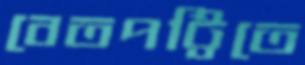
বেতপট্টিতে